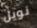
نويل